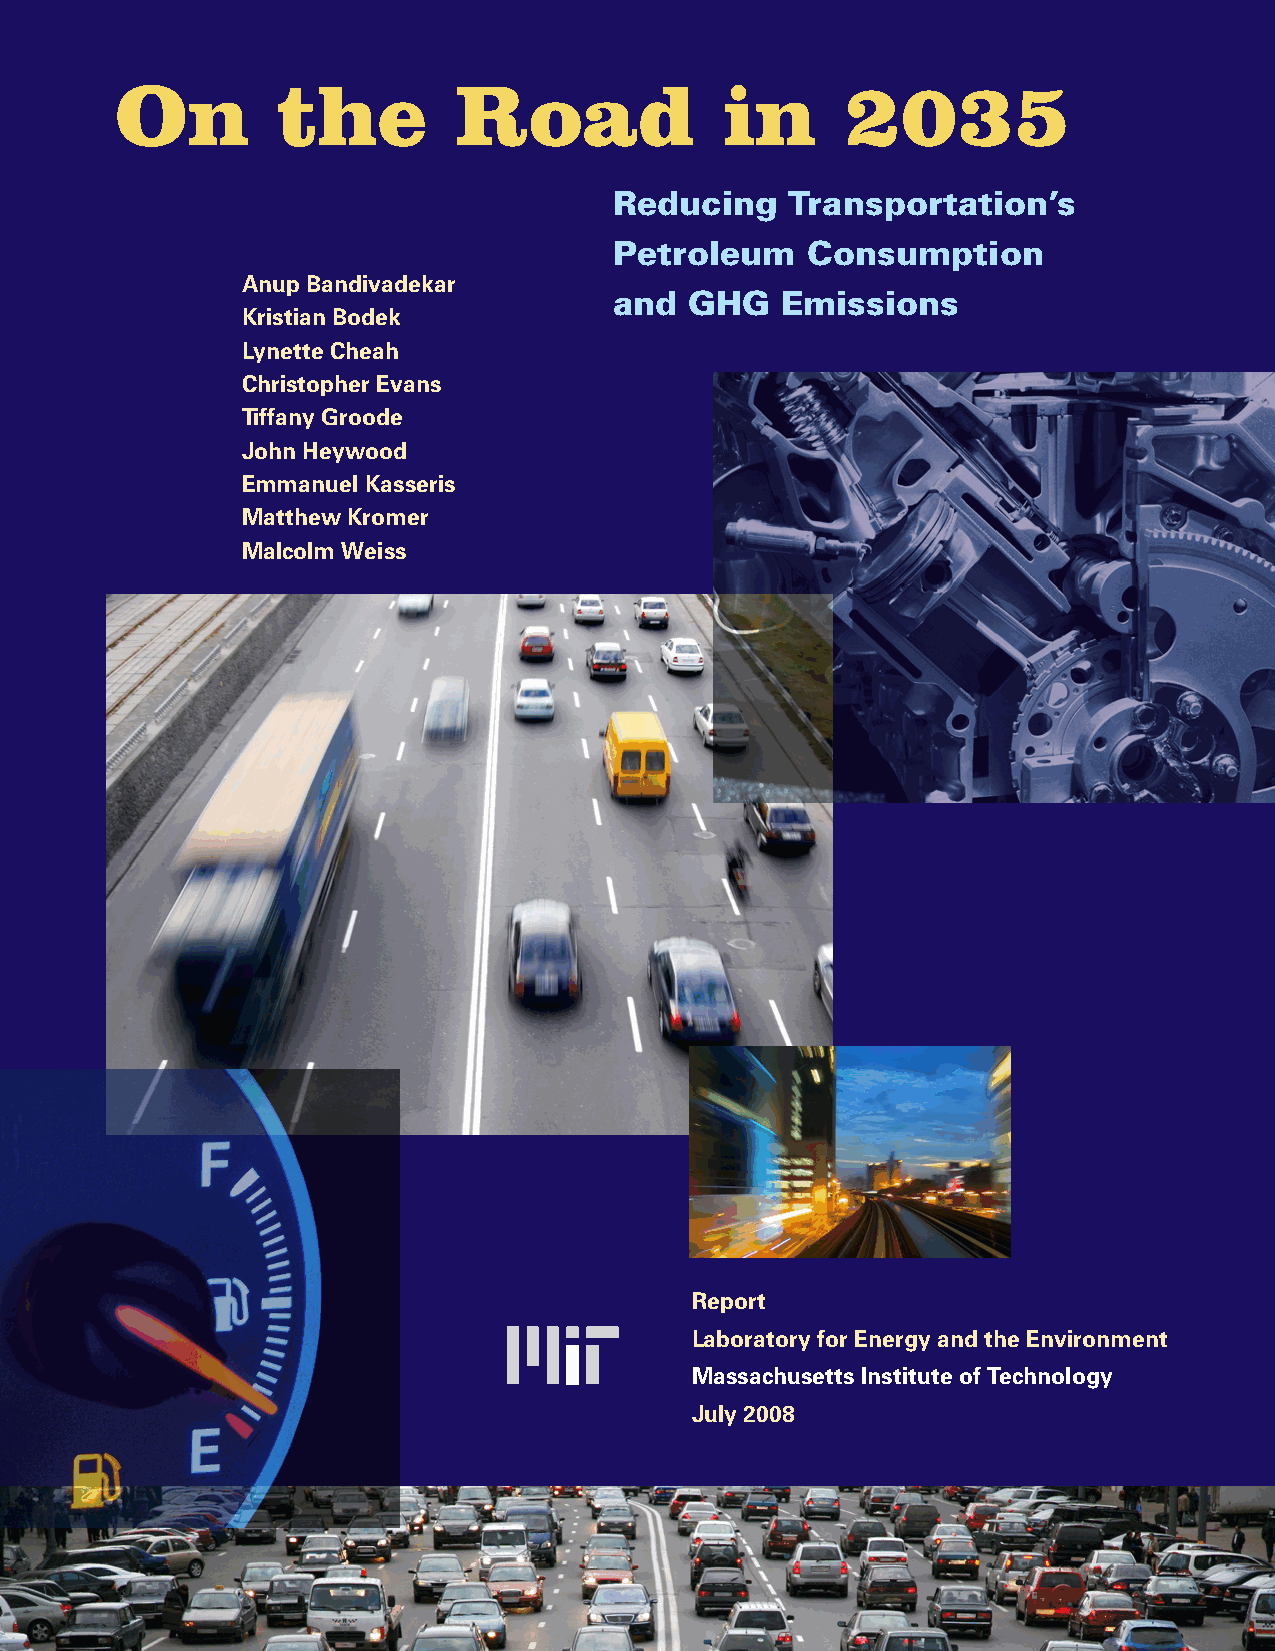
On        the         Road              in      2035
 Reducing   Transportation’s
 Petroleum   Consumption
 Anup Bandivadekar
 and  GHG   Emissions
 Kristian Bodek
 Lynette Cheah
 Christopher Evans
 Tiffany Groode
 John Heywood
 Emmanuel Kasseris
 Matthew Kromer
 Malcolm Weiss
 Report
 Laboratory for Energy and the Environment
 Massachusetts Institute of Technology
 July 2008